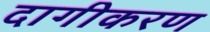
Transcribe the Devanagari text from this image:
दागीकरण